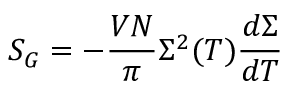
S _ { G } = - { \frac { V N } { \pi } } \Sigma ^ { 2 } ( T ) { \frac { d \Sigma } { d T } }